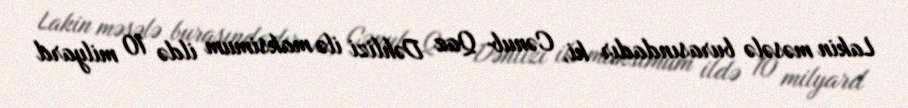
Lakin məsələ burasındadır ki, Cənub Qaz Dəhlizi ilə maksimum ildə 10 milyard